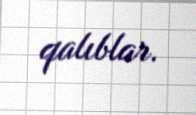
qalıblar.